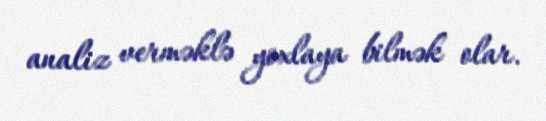
analiz verməklə yoxlaya bilmək olar.